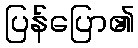
ပြန်ပြော၏